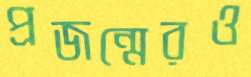
প্রজন্মেরও